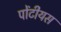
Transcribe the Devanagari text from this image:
पोंटीयस